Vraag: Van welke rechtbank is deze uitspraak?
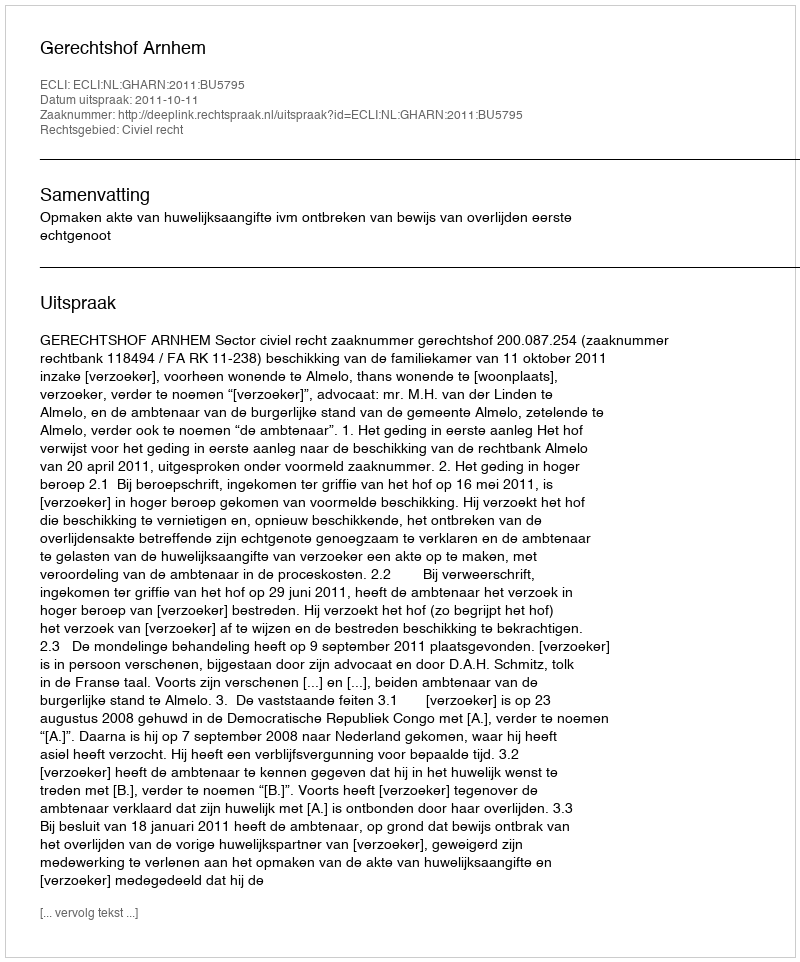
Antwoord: Gerechtshof Arnhem